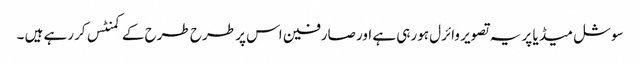
سوشل میڈ یا پر یہ تصویر وائرل ہورہی ہے اور صارفین اس پر طرح طرح کے کمنٹس کررہے ہیں ۔